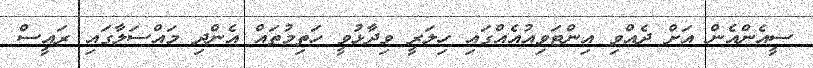
ސީއެންއެން އަށް ދެއްވި އިންޓަވިއުއެއްގައި ހިލަރީ ވިދާޅުވީ ހަތިމުތައް އެންދި މައްސަލާގައި ރައީސް